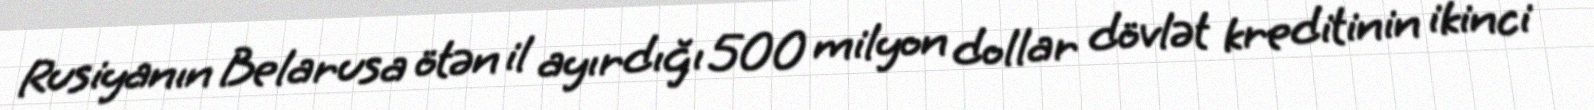
Rusiyanın Belarusa ötən il ayırdığı 500 milyon dollar dövlət kreditinin ikinci